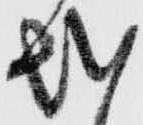
越